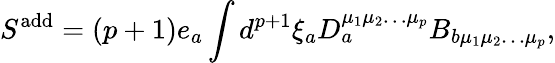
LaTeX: S^{\mathrm{add}}=(p+1)e_{a}\int d^{p+1}\xi_{a}D_{a}^{\mu_{1}\mu_{2}\ldots\mu_{p}}B_{b\mu_{1}\mu_{2}\ldots\mu_{p}},